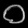
Digit: ၀